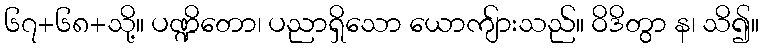
၆၇+၆၈+သို့။ ပဏ္ဍိတော၊ ပညာရှိသော ယောကျ်ားသည်။ ဝိဒိတွာ န၊ သိ၍။